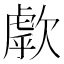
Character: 歑